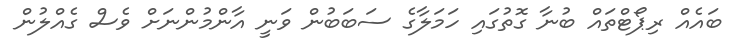
ބައެއް ރިޕޯޓްތައް ބުނާ ގޮތުގައި ހަމަލާގެ ސަބަބުން ވަނީ އާންމުންނަށް ވެސް ގެއްލުން